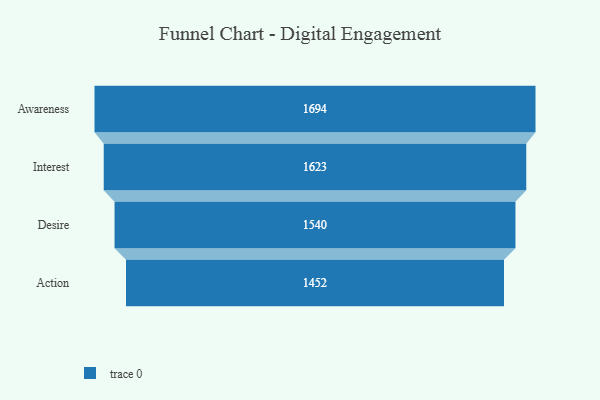
{"axis": {"x": "Stage", "y": "Value"}, "legend": [""], "data": [{"x": "Awareness", "y": 1694.0, "type": ""}, {"x": "Interest", "y": 1623.0, "type": ""}, {"x": "Desire", "y": 1540.0, "type": ""}, {"x": "Action", "y": 1452.0, "type": ""}]}